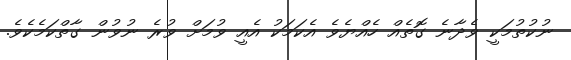
ނުކުތުމަކީ ވެދާނެ ގޮތެއް ހެއްޔެވެ އެކަމަކު އެއީ ވުމަށް ވުރެ ނުވުން ގާތްކަމެކެވެ.